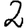
Digit: 2